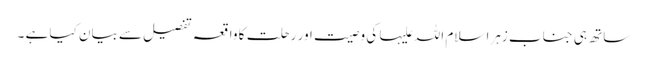
ساتھ ہی جناب زہرا سلام اللہ علیہا کی وصیت اور رحلت کا واقعہ تفصیل سے بیان کیا ہے ۔